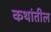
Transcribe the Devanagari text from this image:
कथांतील